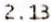
2.13